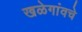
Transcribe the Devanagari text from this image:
खळेगांवचे